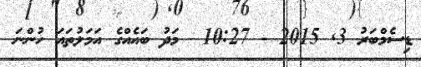
ޑިސެމްބަރު 3